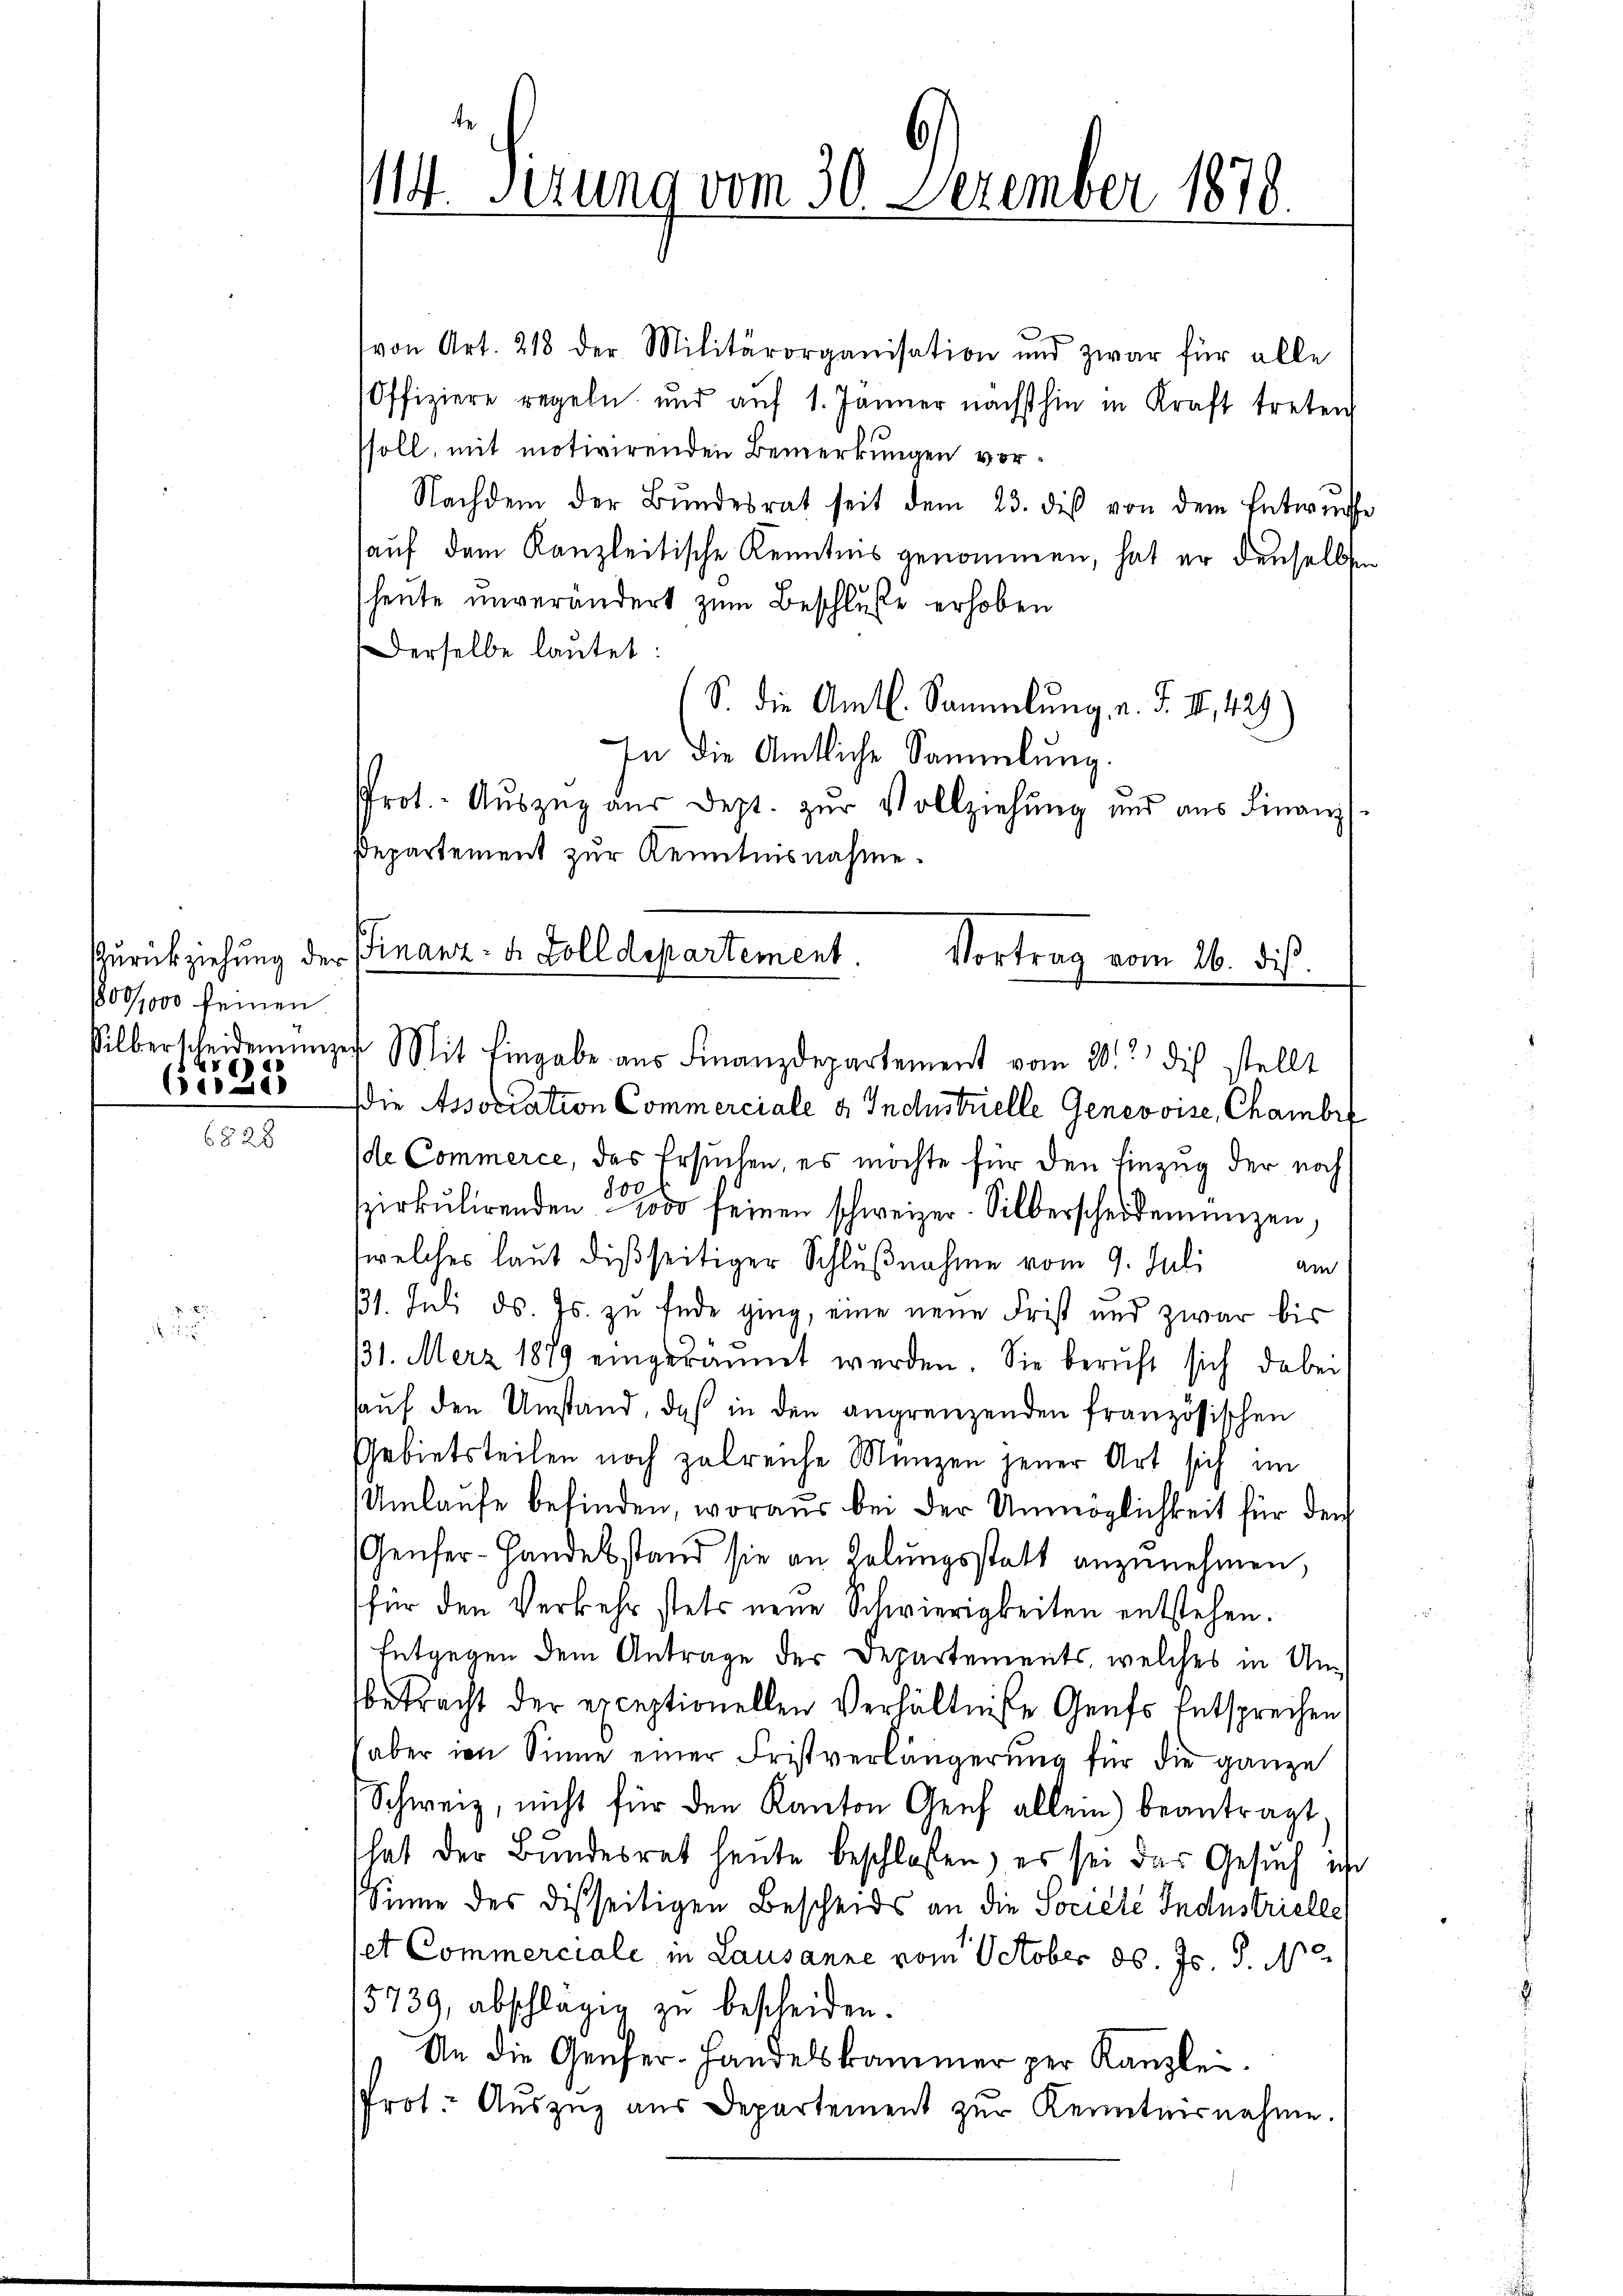
1800/1000 feinen
a
6530

von Art. 218 der Militärorganisation und zwar für alle
Offiziere regeln und aŭf 1. Jänner nächsthin in Kraft treten
ssoll, mit motivirenden Bemerkungen vor¬
Nachdem der Bŭndesrat seit dem 23. des von dem Entwŭrfe
auf dem Kanzleitische Kenntnis genommen, hat er denselben
heute unverändert zum Beschluße erhoben
Derselbe laŭtet:
S. die Amtl. Sammlung, u. F. II., 429)
In die Amtliche Sammlung.
Prot. Aŭszŭg aŭs dept. zŭr Vollziehung und aus Finanz-
Departement zur Kenntnisnahme.
Zurückziehung der Finanz- u. Zolldepartement.
silberscheidenungen Mit Eingabe aŭs Finanzdepartement vom 20. die stellt
(die Association Commerciale a. Industrielle Genevoise, Chambr
de Commerce, das Ersuchen, es möchte für den Einzug der noch
szirkŭlirenden seinen schweizer. Silberscheidemünzen,
welches laut disseitiger Schlußnahme vom 9. Juli am
31. Juli d. Js. zu Ende ging, eine neue Frist und zwar bis
31. Merz 1879 eingeräumt werden. Sie beruft sich dabei
haŭf den Umstand, daß in den angrenzenden französischen
Gebietsteilen noch zalreiche Manzen jener Art sich im
Umlaufe befinden, woraus bei der Unmöglichkeit für den
Genfer-Handesstand sie an Kelungsstatt anzunehmen,
für den Verkehr stets neue Schwierigkeiten entstehen.
Entgegen dem Antrage der Departements, welches in Umbetracht der exceptionellen Verhältniße Genfs Entsprechen
aber im Sinne einer Fristverlängerung für die ganze
Schweiz, nicht für den Kanton Genf allein) beantragt.
That der Bundesrat heute beschlossen, es sei das Gesuch ihr
Sinne des disseitigen Bescheids an die Société Industrielle
set Commerciale in Lausanne vom October d. Js. d. N
5739, abschlägig zu bescheiden.
An die Genfer-Handelskammer per Kanzlei.
Prot. Aŭszŭg aŭs Departement zŭr Kenntnisnahme.

1114. Sizung vom 30. Dezember 1878.

Vortrag vom 26. dies.